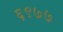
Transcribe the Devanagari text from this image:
६९७७